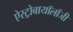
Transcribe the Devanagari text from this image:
ऐस्ट्रोबायॉलॉजी